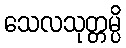
သေလသုတ္တမ္ပိ